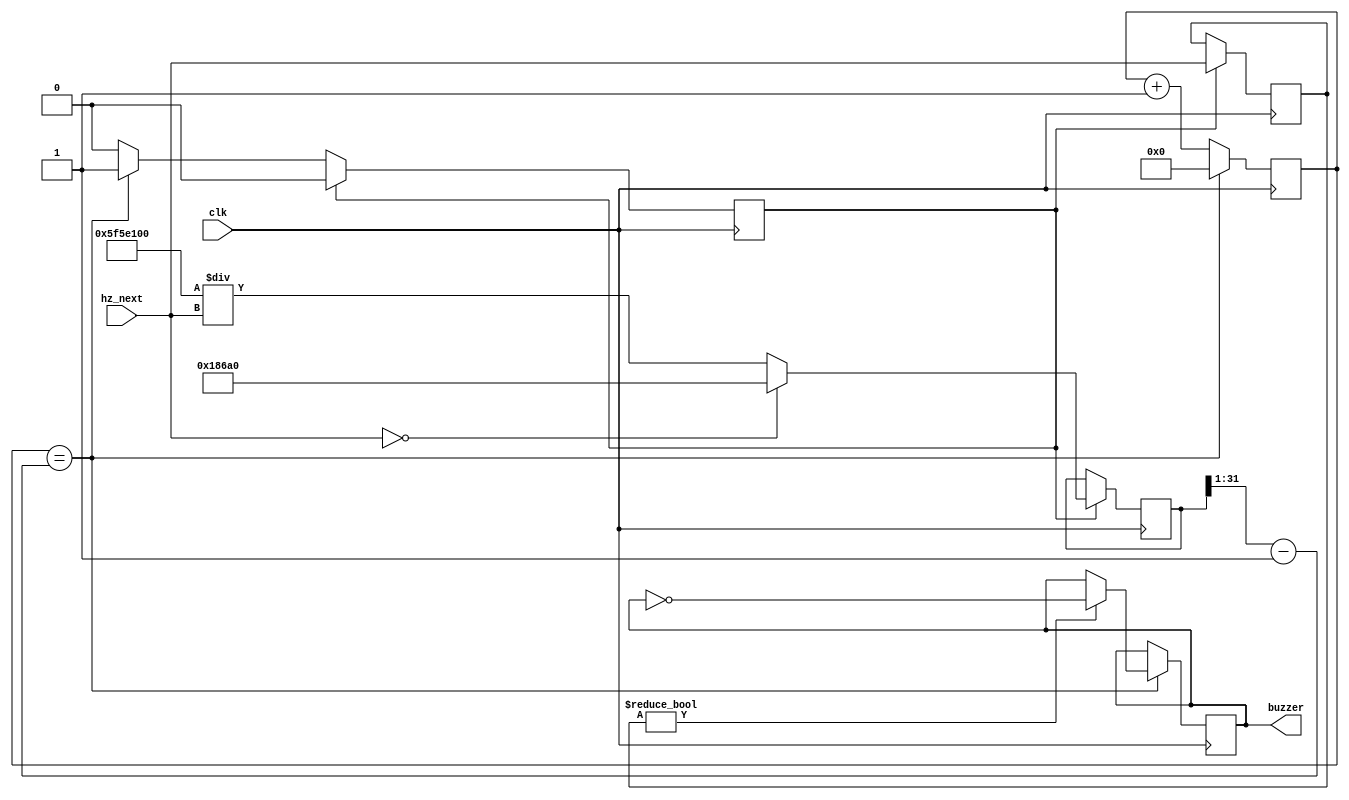
`timescale 1ns / 1ps
//////////////////////////////////////////////////////////////////////////////////
// Company: 
// Engineer: 
// 
// Design Name: 
// Module Name: buzzer_play
// Project Name: 
// Target Devices: 
// Tool Versions: 
// Description: 
// 
// Dependencies: 
// 
// Revision:
// Revision 0.01 - File Created
// Additional Comments:
// 
//////////////////////////////////////////////////////////////////////////////////


module buzzer_play(
    input clk,
    input[11:0] hz_next,
    output reg buzzer
);

reg[31:0] cnt;
reg[11:0] hz;
reg[31:0] reach;
reg reach_edge;

always @(posedge clk) begin

    if(cnt == (reach >> 1) - 1) begin
        cnt <= 0;
        reach_edge <= 1;

        if(hz != 0) begin
            buzzer <= ~buzzer;
        end
    end
    else begin
        cnt <= cnt + 1;
    end

    if(reach_edge) begin
        reach_edge <= 0;
        hz <= hz_next;
        if(hz_next == 0) begin
            reach <= 100_000;
        end else begin
            reach <= 100_000_000 / hz_next;
        end
    end

end

endmodule